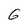
Character: G